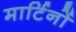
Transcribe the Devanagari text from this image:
मार्टिनों